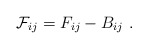
\begin{align*}{\cal F}_{ij} = F_{ij} - B_{ij}\ .\end{align*}